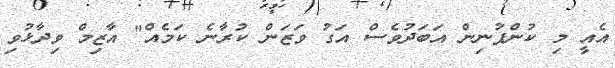
އެއީ މި ކުންފުނިން އަބަދުވެސް އަގު ވަޒަން ކުރާނެ ކަމެއް" އާޒިމް ވިދާޅުވި